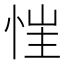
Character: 𢚇